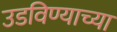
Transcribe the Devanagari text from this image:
उडविण्याच्या